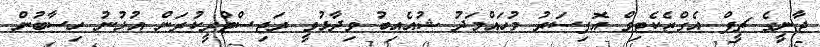
ޖާނީގެ ޗީފް އެގްޒެކެޓިވް އޮފިސަރު މުހައްމަދު ޝުއެއިބު ވިދާޅުވީ ރަޖިސްޓްރީކުރަން އުޅުނު ހިސާބުން